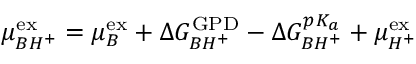
\mu _ { B H ^ { + } } ^ { \mathrm { { e x } } } = \mu _ { B } ^ { \mathrm { { e x } } } + \Delta G _ { B H ^ { + } } ^ { \mathrm { { G P D } } } - \Delta G _ { B H ^ { + } } ^ { p K _ { a } } + \mu _ { H ^ { + } } ^ { \mathrm { { e x } } }